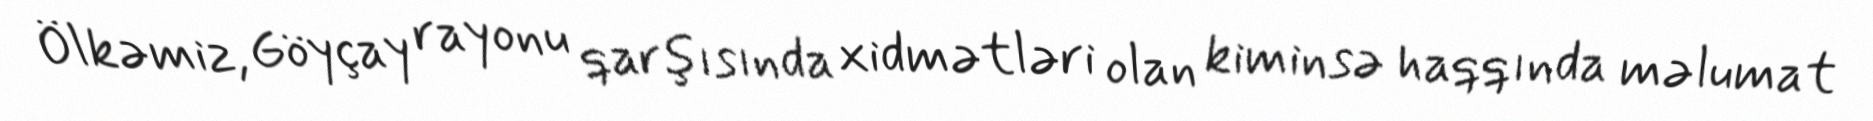
Ölkəmiz, Göyçay rayonu qarşısında xidmətləri olan kiminsə haqqında məlumat